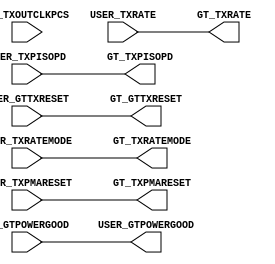
//------------------------------------------------------------------------------
//  (c) Copyright 2013-2015 Xilinx, Inc. All rights reserved.
//
//  This file contains confidential and proprietary information
//  of Xilinx, Inc. and is protected under U.S. and
//  international copyright and other intellectual property
//  laws.
//
//  DISCLAIMER
//  This disclaimer is not a license and does not grant any
//  rights to the materials distributed herewith. Except as
//  otherwise provided in a valid license issued to you by
//  Xilinx, and to the maximum extent permitted by applicable
//  law: (1) THESE MATERIALS ARE MADE AVAILABLE "AS IS" AND
//  WITH ALL FAULTS, AND XILINX HEREBY DISCLAIMS ALL WARRANTIES
//  AND CONDITIONS, EXPRESS, IMPLIED, OR STATUTORY, INCLUDING
//  BUT NOT LIMITED TO WARRANTIES OF MERCHANTABILITY, NON-
//  INFRINGEMENT, OR FITNESS FOR ANY PARTICULAR PURPOSE; and
//  (2) Xilinx shall not be liable (whether in contract or tort,
//  including negligence, or under any other theory of
//  liability) for any loss or damage of any kind or nature
//  related to, arising under or in connection with these
//  materials, including for any direct, or any indirect,
//  special, incidental, or consequential loss or damage
//  (including loss of data, profits, goodwill, or any type of
//  loss or damage suffered as a result of any action brought
//  by a third party) even if such damage or loss was
//  reasonably foreseeable or Xilinx had been advised of the
//  possibility of the same.
//
//  CRITICAL APPLICATIONS
//  Xilinx products are not designed or intended to be fail-
//  safe, or for use in any application requiring fail-safe
//  performance, such as life-support or safety devices or
//  systems, Class III medical devices, nuclear facilities,
//  applications related to the deployment of airbags, or any
//  other applications that could lead to death, personal
//  injury, or severe property or environmental damage
//  (individually and collectively, "Critical
//  Applications"). Customer assumes the sole risk and
//  liability of any use of Xilinx products in Critical
//  Applications, subject only to applicable laws and
//  regulations governing limitations on product liability.
//
//  THIS COPYRIGHT NOTICE AND DISCLAIMER MUST BE RETAINED AS
//  PART OF THIS FILE AT ALL TIMES.
//------------------------------------------------------------------------------

// ***************************
// * DO NOT MODIFY THIS FILE *
// ***************************

`timescale 1ps/1ps

module gtwizard_ultrascale_v1_7_4_gtye4_delay_powergood # (
  parameter C_USER_GTPOWERGOOD_DELAY_EN = 0,
  parameter C_PCIE_ENABLE = "FALSE"
)(
  input wire GT_TXOUTCLKPCS,

  input wire GT_GTPOWERGOOD,
  input wire [2:0] USER_TXRATE,
  input wire USER_TXRATEMODE,
  input wire USER_GTTXRESET,
  input wire USER_TXPMARESET,
  input wire USER_TXPISOPD,

  output wire USER_GTPOWERGOOD,
  output wire [2:0] GT_TXRATE,
  output wire GT_TXRATEMODE,
  output wire GT_GTTXRESET,
  output wire GT_TXPMARESET,
  output wire GT_TXPISOPD
);

generate if (C_PCIE_ENABLE || (C_USER_GTPOWERGOOD_DELAY_EN == 0))
begin : gen_powergood_nodelay
  assign GT_TXPISOPD      = USER_TXPISOPD;
  assign GT_GTTXRESET     = USER_GTTXRESET;
  assign GT_TXPMARESET    = USER_TXPMARESET;
  assign GT_TXRATE        = USER_TXRATE;
  assign GT_TXRATEMODE    = USER_TXRATEMODE;
  assign USER_GTPOWERGOOD = GT_GTPOWERGOOD;
end
else
begin: gen_powergood_delay
  (* ASYNC_REG = "TRUE", SHIFT_EXTRACT = "NO" *) reg [4:0] intclk_rrst_n_r;
  reg [3:0] wait_cnt;
  (* KEEP = "TRUE" *) reg pwr_on_fsm = 1'b0;
  wire intclk_rrst_n;
  
  //--------------------------------------------------------------------------
  //  POWER ON FSM Encoding
  //-------------------------------------------------------------------------- 
  localparam PWR_ON_WAIT_CNT           = 4'd0;
  localparam PWR_ON_DONE               = 4'd1; 
  
  //--------------------------------------------------------------------------------------------------
  //  Reset Synchronizer
  //--------------------------------------------------------------------------------------------------
  always @ (posedge GT_TXOUTCLKPCS or negedge GT_GTPOWERGOOD)
  begin
      if (!GT_GTPOWERGOOD)
          intclk_rrst_n_r <= 5'd0;
      else if(!pwr_on_fsm)
          intclk_rrst_n_r <= {intclk_rrst_n_r[3:0], 1'd1}; 
  end

  assign intclk_rrst_n = intclk_rrst_n_r[4];

  //--------------------------------------------------------------------------------------------------
  //  Wait counter 
  //--------------------------------------------------------------------------------------------------
  always @ (posedge GT_TXOUTCLKPCS)
  begin
    if (!intclk_rrst_n)
    	wait_cnt <= 4'd0;
    else begin
    	if (pwr_on_fsm == PWR_ON_WAIT_CNT)
    		wait_cnt <= wait_cnt + 4'd1;
    	else
    		wait_cnt <= 4'd9;
    end
  end

  //--------------------------------------------------------------------------------------------------
  // Power On FSM
  //--------------------------------------------------------------------------------------------------

  always @ (posedge GT_TXOUTCLKPCS or negedge GT_GTPOWERGOOD)
  begin
    if (!GT_GTPOWERGOOD)
    begin
      pwr_on_fsm <= PWR_ON_WAIT_CNT;
    end
    else begin
      case (pwr_on_fsm)
        PWR_ON_WAIT_CNT :
          begin
            pwr_on_fsm <= (wait_cnt[3] == 1'b1) ? PWR_ON_DONE : PWR_ON_WAIT_CNT;
          end 

        PWR_ON_DONE :
          begin
            pwr_on_fsm <= PWR_ON_DONE;
          end

        default :
        begin
          pwr_on_fsm <= PWR_ON_WAIT_CNT;
        end
      endcase
    end
  end

  assign GT_TXPISOPD      = pwr_on_fsm ? USER_TXPISOPD : 1'b1;
  assign GT_GTTXRESET     = pwr_on_fsm ? USER_GTTXRESET : !GT_GTPOWERGOOD;
  assign GT_TXPMARESET    = pwr_on_fsm ? USER_TXPMARESET : 1'b0;
  assign GT_TXRATE        = pwr_on_fsm ? USER_TXRATE : 3'b001;
  assign GT_TXRATEMODE    = pwr_on_fsm ? USER_TXRATEMODE : 1'b1;
  assign USER_GTPOWERGOOD = pwr_on_fsm; 

end
endgenerate

endmodule